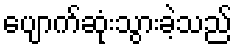
ပျောက်ဆုံးသွားခဲ့သည်